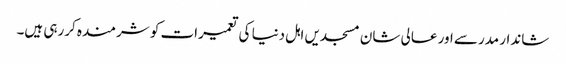
شاندار مدرسے اور عالی شان مسجدیں اہل دنیا کی تعمیرات کو شرمندہ کررہی ہیں۔